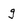
Character: g